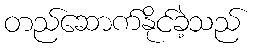
တည်ဆောက်နိုင်ခဲ့သည်